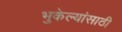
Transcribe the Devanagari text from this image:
भुकेल्यांसाठी